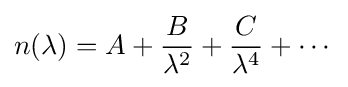
n(\lambda )=A+{\frac {B}{\lambda ^{2}}}+{\frac {C}{\lambda ^{4}}}+\cdots